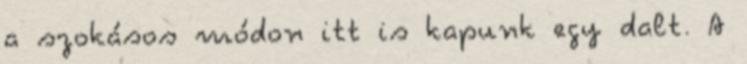
a szokásos módon itt is kapunk egy dalt. A